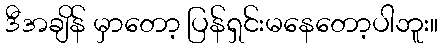
ဒီအချိန် မှာတော့ ပြန်ရှင်းမနေတော့ပါဘူး။